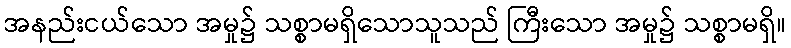
အနည်းငယ်သော အမှု၌ သစ္စာမရှိသောသူသည် ကြီးသော အမှု၌ သစ္စာမရှိ။